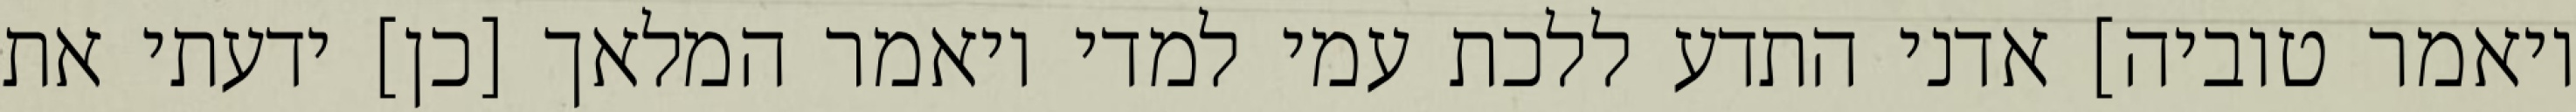
ויאמר טוביה] אדני התדע ללכת עמי למדי ויאמר המלאך [כן] ידעתי את